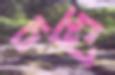
চন্দ্রে